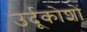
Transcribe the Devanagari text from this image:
उर्दूकोशों